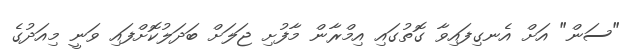
"ސަން" އަށް އެނގިފައިވާ ގޮތުގައި އިމްރާން މާފުށި ޖަލަށް ބަދަލުކޮށްފައި ވަނީ މިއަދުގެ